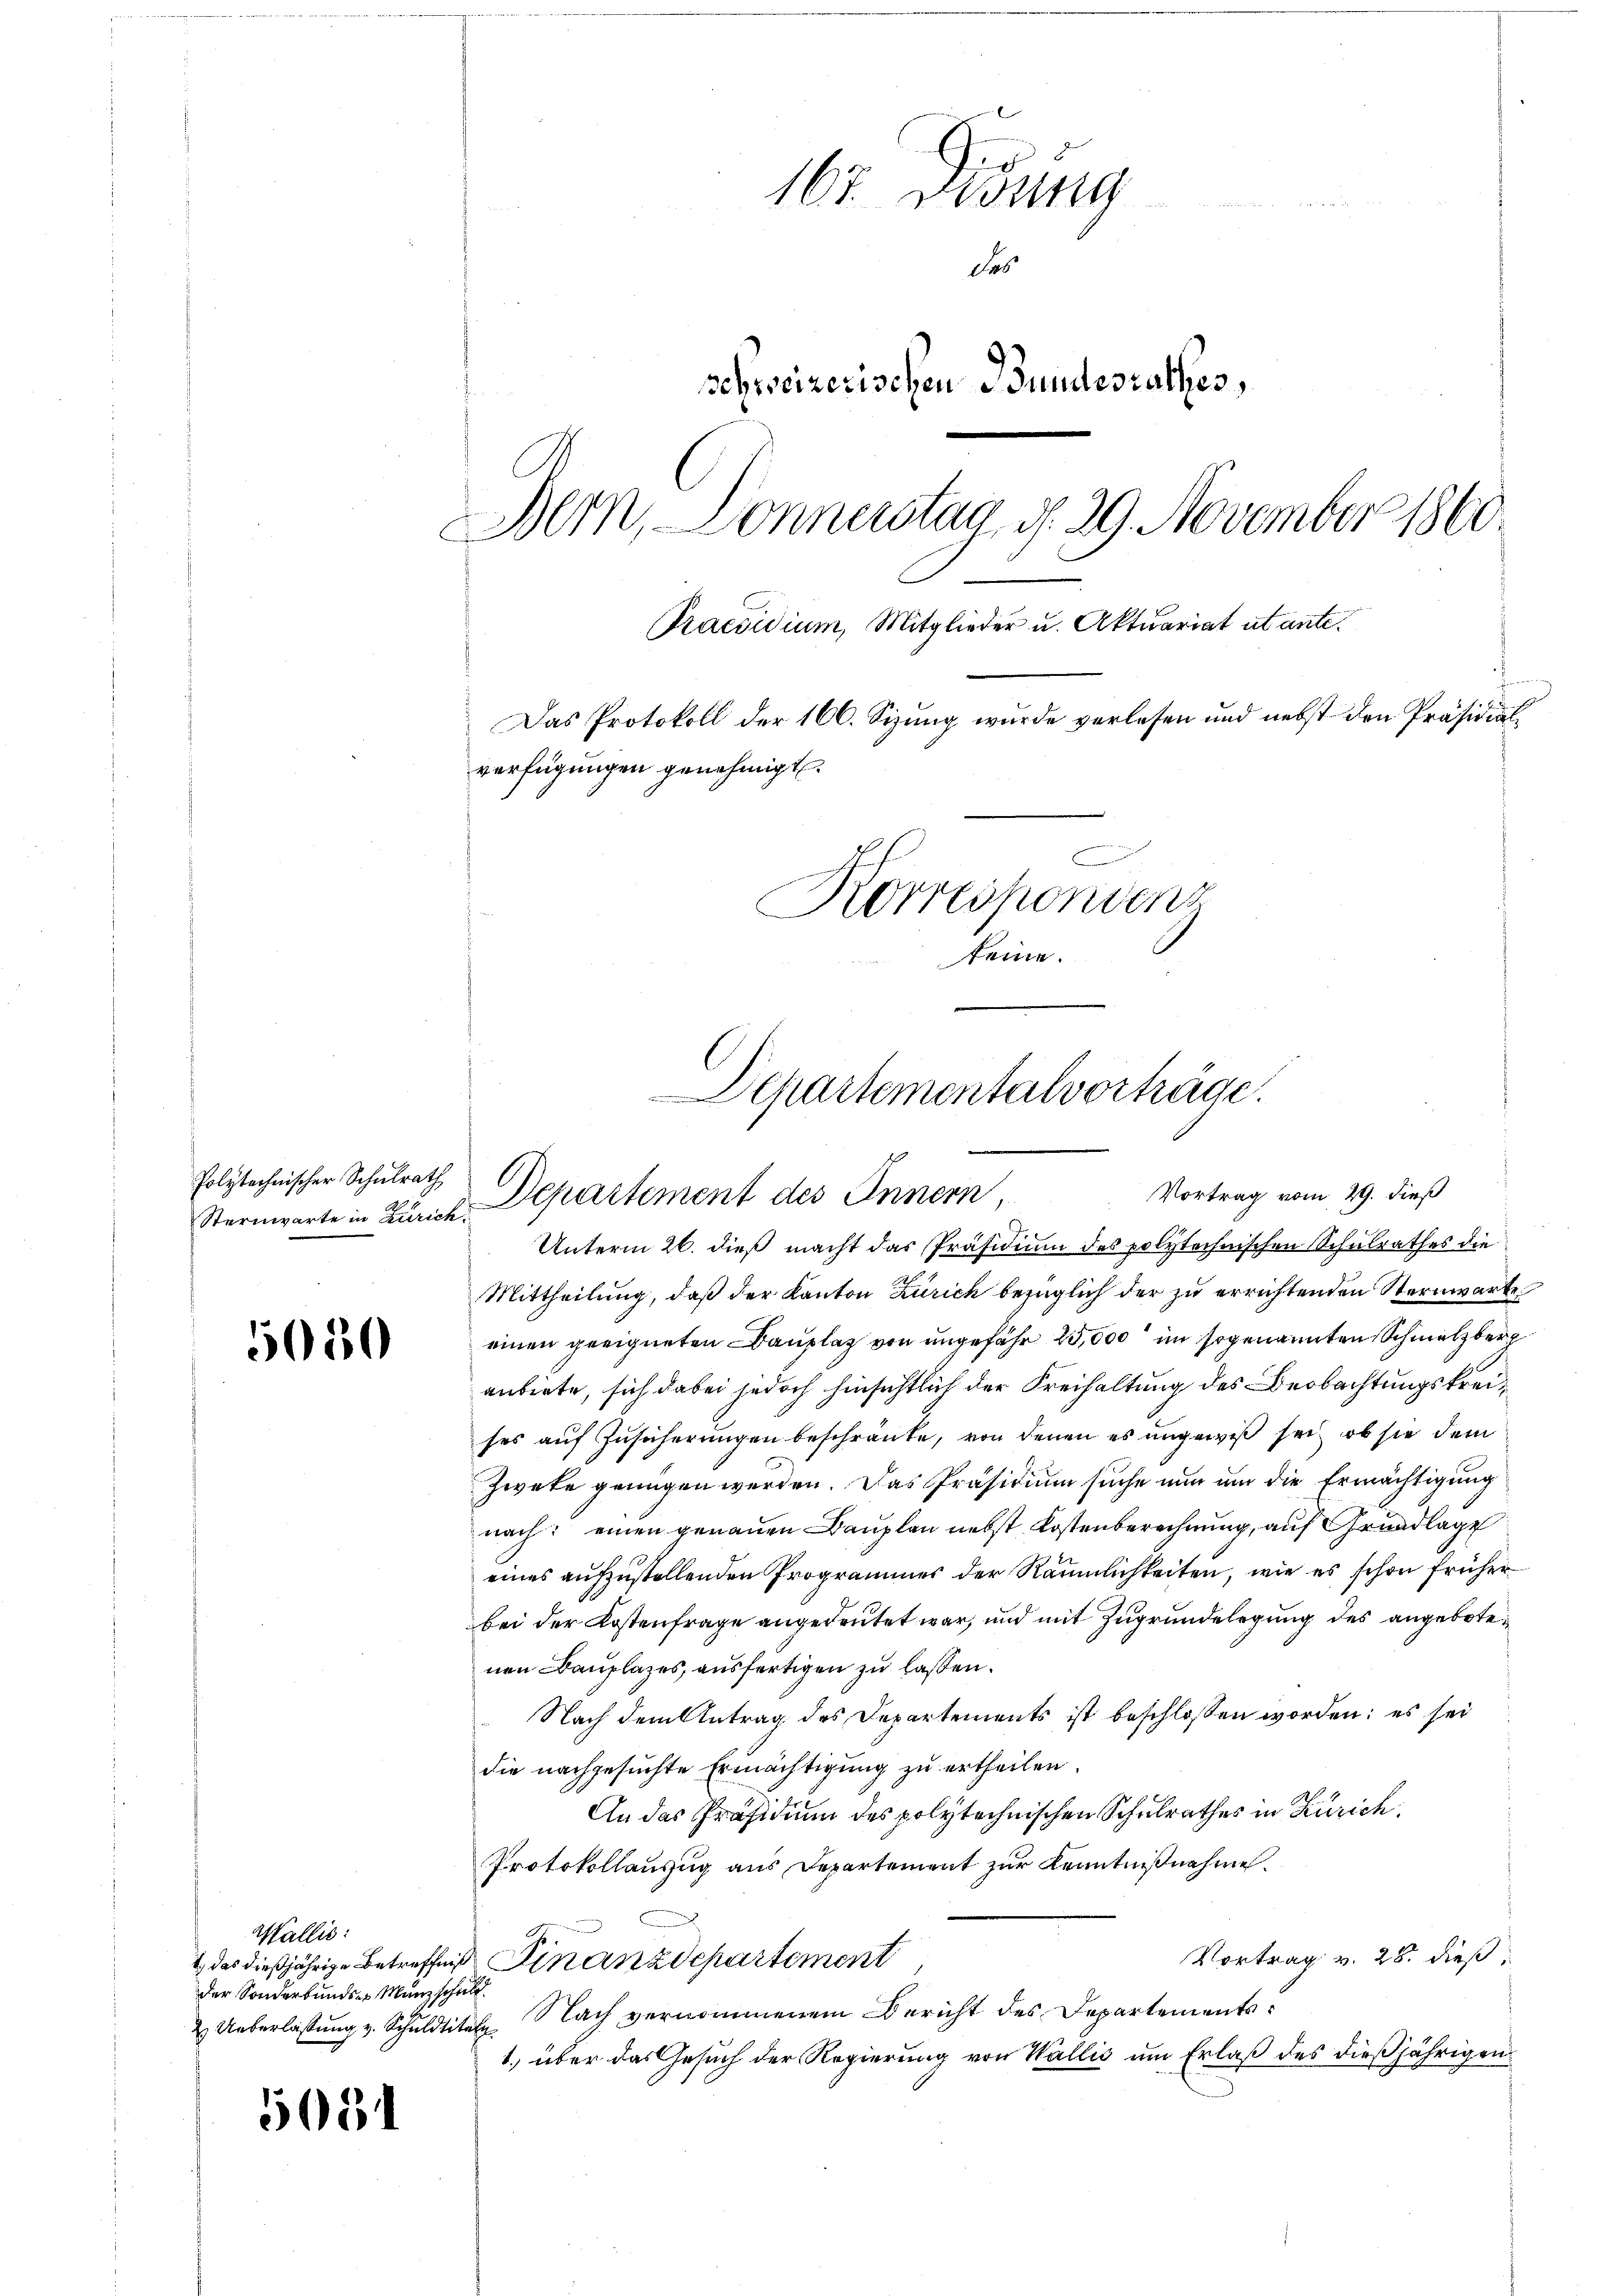
Sternwarte in Züric

5050

Wallis:
der Sonderbunder Manz scheilt.
2. Ueberlassung v. Schuldtitat

5034

167. Didung
den Be
das
schweizerischen Bundesrathes,
Bern, Donnerstag, d. 29. November 1860
Praesidium, Mitglieder u. Aktuariat utante.
Das Protokoll der 166. Sizung wurde verlesen und nebst den Präsidialverfügungen genehmigt.
n
Korrespondenz
keine.

Departementalvorträge.
folytechnischer Schulrath Departement des Innern,
Vortrag vom 29. dieß

b
Unterm 26. dieß macht das Präsidium des polytechnischen Schulrathes die
Mittheilung, daß der Kanton Zürich bezüglich der zu errichtenden Sternwarte
einen geeigneten Bauplaz von ungefähr 25,000 im sogenannten Schmelzberg
anbiete, sich dabei jedoch hinsichtlich der Freihaltung des Beobachtungskreises auf Zusicherungen beschränke, von denen es ungewiß sei, ob sie dem
Zwete genügen werden. Das Präsidium suche nun um die Ermächtigung
nach: einen genauen Bauplan nebst Kostenberechnung, auf Grundlage
eines aufzustellenden Programmer der Räumlichkeiten, wie es schon früher
bei der Kostenfrage angedeutet war, und mit Zugrundelegung des angebotenen Bauplazes, ausfertigen zu lassen.
 Nach dem Antrag des Departements ist beschlossen worden; es sei
die nachgesuchte Ermächtigung zu ertheilen.
An das Präsidium des polytechnischen Schulrathes in Zürich
Protokollauzug aus Departement zur Kenntnißnahme.
Gr.
Vortrag v. 28. dieß,
) das dießjährige Betreffen Finanzdepartement
Nach vernommenem Bericht des Departements
1) über das Gesuch der Regierung von Wallis um Erlaß des dießjährigen